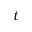
t